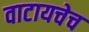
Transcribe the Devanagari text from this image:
वाटायचेच